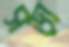
সড়া